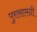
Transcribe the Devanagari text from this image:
पुरासामग्री